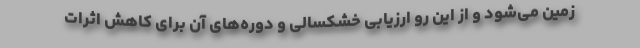
زمین می‌شود و از این رو ارزیابی خشکسالی و دوره‌های آن برای کاهش اثرات